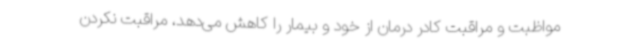
مواظبت و مراقبت کادر درمان از خود و بیمار را کاهش می‌دهد، مراقبت نکردن